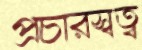
প্রচারস্বত্ব